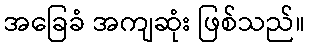
အခြေခံ အကျဆုံး ဖြစ်သည်။